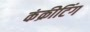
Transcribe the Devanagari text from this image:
कंक्रीटिंग